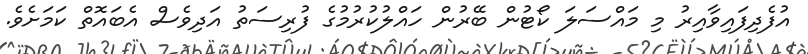
އުފެދިފައިވާއިރު މި މައްސަލަ ކޯޓުން ބޭރުން ހައްލުކުރުމުގެ ފުރިސަތު އަދިވެސް އެބައޮތް ކަމަށެވެ.